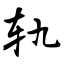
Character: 轨